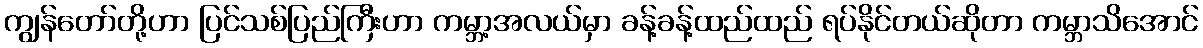
ကျွန်တော်တို့ဟာ ပြင်သစ်ပြည်ကြီးဟာ ကမ္ဘာ့အလယ်မှာ ခန့်ခန့်ထည်ထည် ရပ်နိုင်တယ်ဆိုတာ ကမ္ဘာသိအောင်